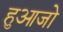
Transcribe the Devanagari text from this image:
हुआजो